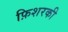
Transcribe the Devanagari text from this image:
फ़िशरकी